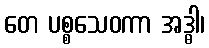
တေ ပစ္စသေဝကာ အဒ္ဓါ၊